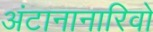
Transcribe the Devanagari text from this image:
अंटानानारिवो